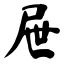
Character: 屉